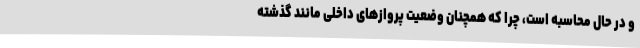
و در حال محاسبه است، چرا که همچنان وضعیت پروازهای داخلی مانند گذشته